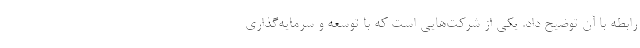
رابطه با آن توضیح داد. یکی از شرکت‌هایی است که با توسعه و سرمایه‌گذاری